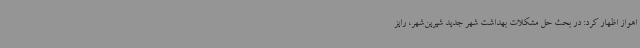
اهواز اظهار کرد: در بحث حل مشکلات بهداشت شهر جدید شیرین‌شهر، رایز